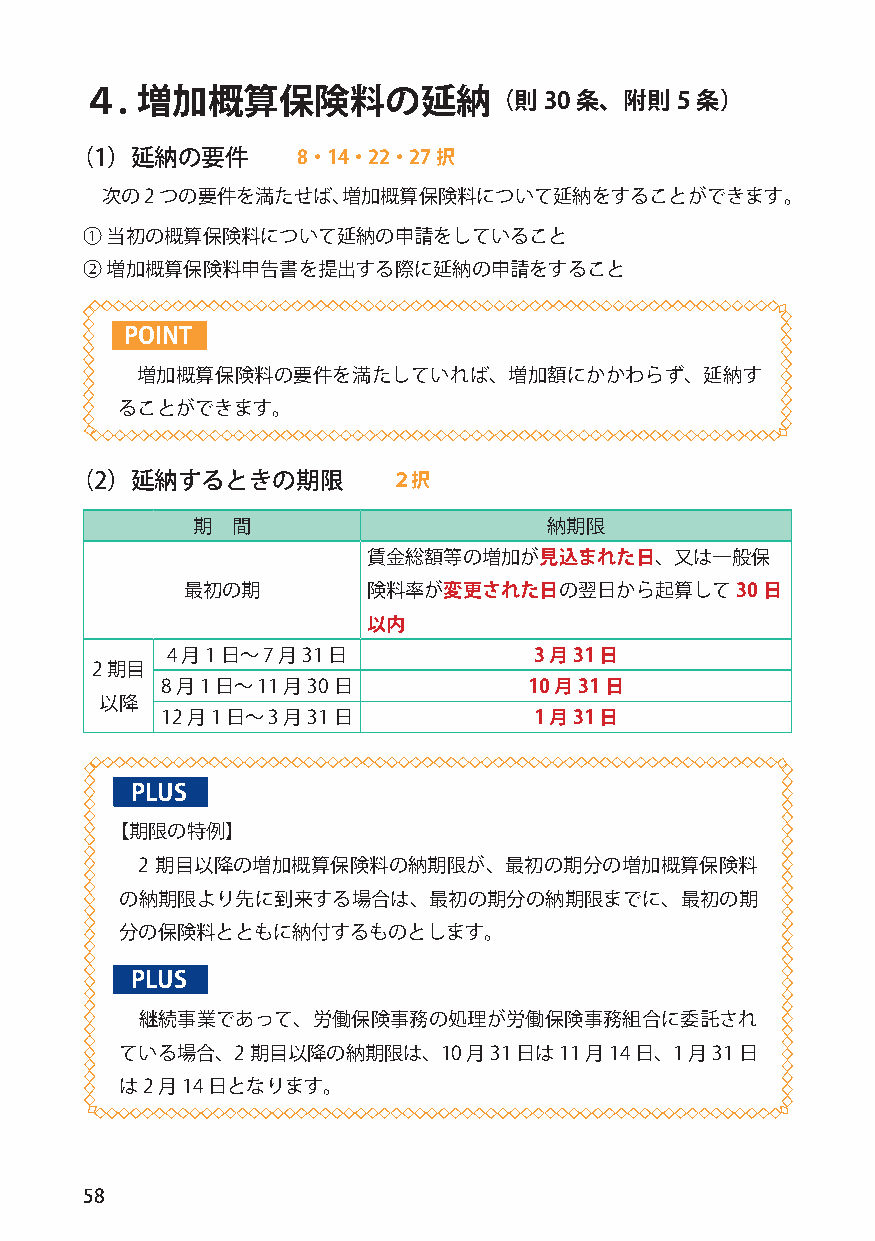
４.  増加概算保険料の延納（則30               条、附則5   条）
 （1）延納の要件       8・14・22・27択
 次の2 つの要件を満たせば、増加概算保険料について延納をすることができます。
 ① 当初の概算保険料について延納の申請をしていること
 ② 増加概算保険料申告書を提出する際に延納の申請をすること
 POINT
 増加概算保険料の要件を満たしていれば、増加額にかかわらず、延納す
 ることができます。
 （2）延納するときの期限         ２択
 期 間                    納期限
 賃金総額等の増加が見込まれた日、又は一般保
 最初の期        険料率が変更された日の翌日から起算して30     日
 以内
 4 月1 日～ 7 月31 日         3 月31 日
 2 期目
 8 月1 日～ 11 月30 日        10 月31 日
 以降
 12 月1 日～ 3 月31 日        1 月31 日
 PLUS
 【期限の特例】
 2 期目以降の増加概算保険料の納期限が、最初の期分の増加概算保険料
 の納期限より先に到来する場合は、最初の期分の納期限までに、最初の期
 分の保険料とともに納付するものとします。
 PLUS
 継続事業であって、労働保険事務の処理が労働保険事務組合に委託され
 ている場合、2  期目以降の納期限は、10  月31 日は11 月14 日、1 月31 日
 は2 月14 日となります。
 58